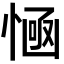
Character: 𢞊